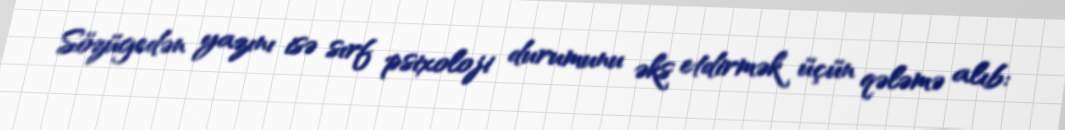
Sözügedən yazını isə sırf psixoloji durumunu əks etdirmək üçün qələmə alıb: